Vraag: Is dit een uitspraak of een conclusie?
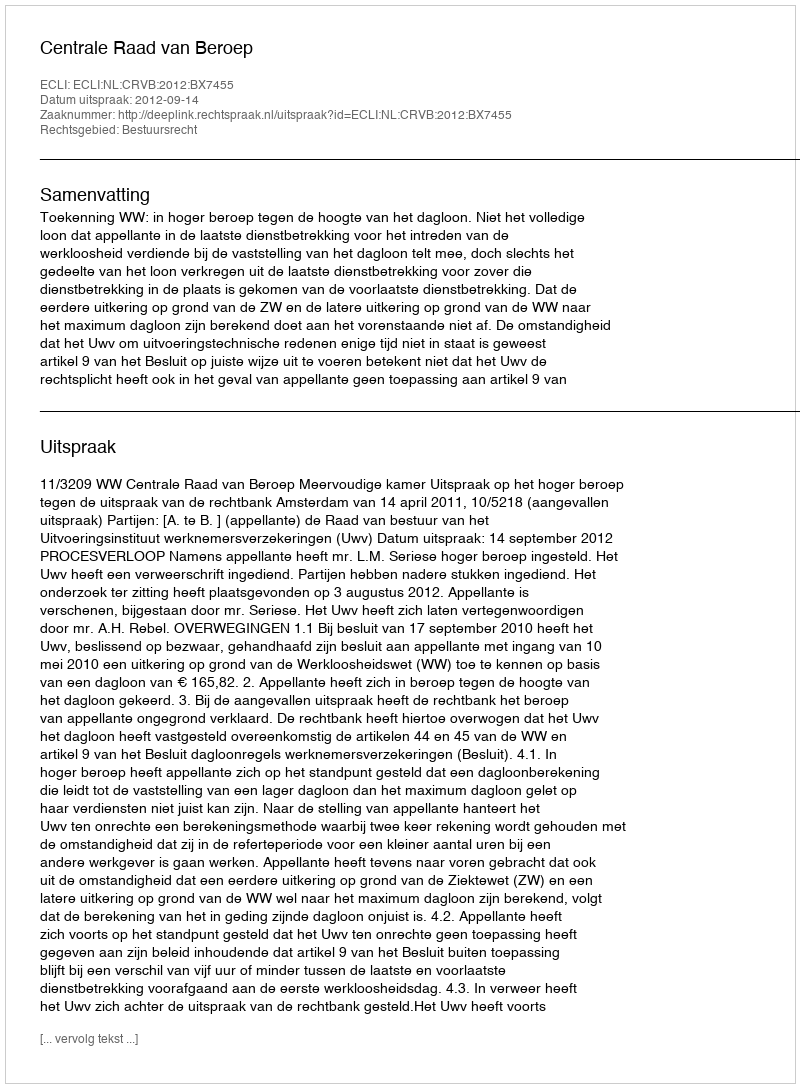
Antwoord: Uitspraak